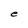
Character: e